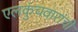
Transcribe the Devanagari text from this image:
एलकुंचवारांची